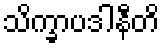
သိက္ခာပဒါနီတိ